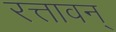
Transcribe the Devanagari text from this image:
रत्तावन्